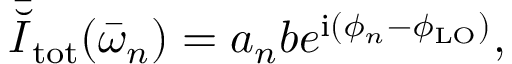
\bar { \breve { I } } _ { \mathrm { t o t } } ( \bar { \omega } _ { n } ) = a _ { n } b e ^ { \mathrm { { i } } ( \phi _ { n } - \phi _ { \mathrm { L O } } ) } ,